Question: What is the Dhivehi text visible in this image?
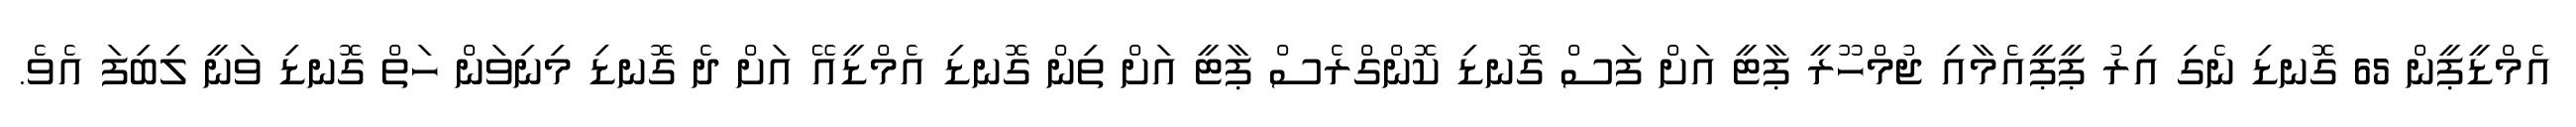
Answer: އެމްޑީޕީން 65 ގޮނޑި ނެގި އިރު ޕީޕީއެމާއި ޖުމްހޫރީ ޕާޓީ އަށް ފަސް ގޮނޑި ކޮންގްރެސް ޕާޓީ އަށް ތިން ގޮނޑި އެމްޑީއޭ އަށް ދެ ގޮނޑި މިނިވަން ހަތް ގޮނޑި ވަނީ ލިބިފަ އެވެ.